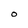
Character: O